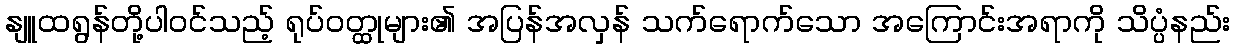
နျူထရွန်တို့ပါဝင်သည့် ရုပ်ဝတ္ထုများ၏ အပြန်အလှန် သက်ရောက်သော အကြောင်းအရာကို သိပ္ပံနည်း